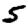
Digit: 5